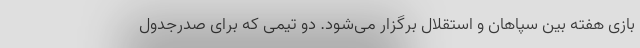
بازی هفته بین سپاهان و استقلال برگزار می‌شود. دو تیمی که برای صدرجدول